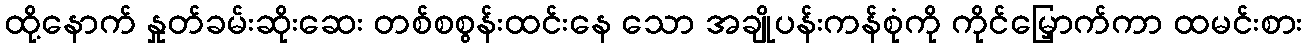
ထို့နောက် နှုတ်ခမ်းဆိုးဆေး တစ်စစွန်းထင်းနေ သော အချိုပန်းကန်စုံကို ကိုင်မြှောက်ကာ ထမင်းစား